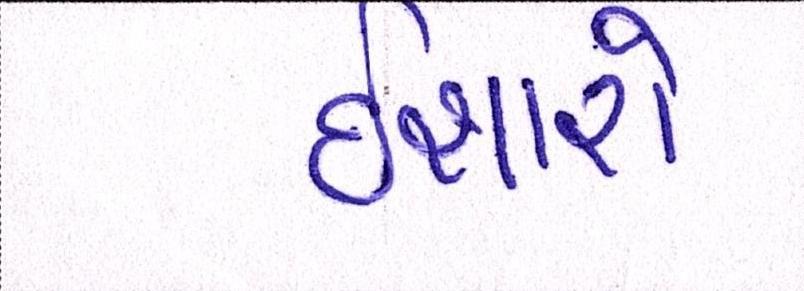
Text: ઈશારો